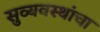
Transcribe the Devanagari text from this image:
सुव्यवस्थांचा